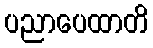
ပညာပေထာတိ